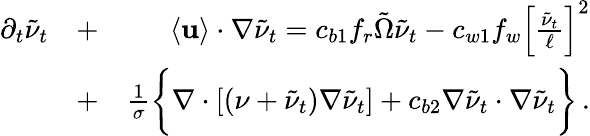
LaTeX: \begin{array}{rlr}{\partial_{t}\tilde{\nu}_{t}}&{+}&{\langle{\mathbf{u}}\rangle\cdot\nabla\tilde{\nu}_{t}=c_{b1}f_{r}\tilde{\Omega}\tilde{\nu}_{t}-c_{w1}f_{w}\left[\frac{\tilde{\nu}_{t}}{\ell}\right]^{2}}\\ &{+}&{\frac{1}{\sigma}\bigg\{ \nabla\cdot[(\nu+\tilde{\nu}_{t})\nabla\tilde{\nu}_{t}]+c_{b2}\nabla\tilde{\nu}_{t}\cdot\nabla\tilde{\nu}_{t}\bigg\} \, .}\end{array}